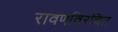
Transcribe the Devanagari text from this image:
रावणविरचित